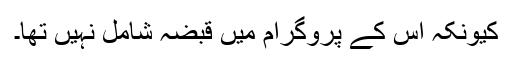
کیونکہ اس کے پروگرام میں قبضہ شامل نہیں تھا۔